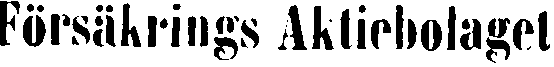
Försäkrings Aktiebolaget